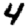
Digit: 4